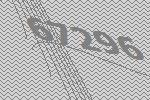
67296